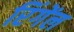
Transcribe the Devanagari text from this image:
रिंगेंल